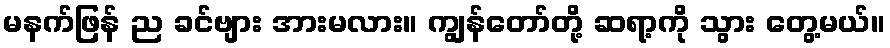
မနက်ဖြန် ည ခင်ဗျား အားမလား။ ကျွန်တော်တို့ ဆရာ့ကို သွား တွေ့မယ်။